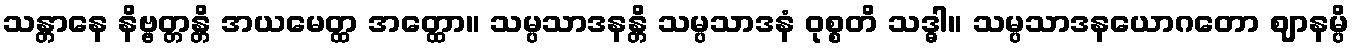
သန္တာနေ နိဗ္ဗတ္တန္တိ အယမေတ္ထ အတ္ထော။ သမ္ပသာဒနန္တိ သမ္ပသာဒနံ ဝုစ္စတိ သဒ္ဓါ။ သမ္ပသာဒနယောဂတော ဈာနမ္ပိ